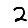
Digit: 2